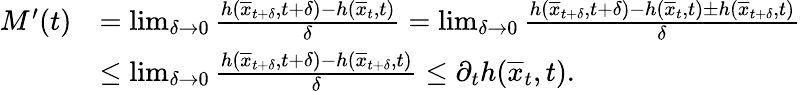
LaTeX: \begin{array}{rl}{M^{\prime}(t)}&{=\operatorname*{lim}_{\delta\rightarrow 0}\frac{h(\overline{{x}}_{t+\delta},t+\delta)-h(\overline{{x}}_{t},t)}{\delta}=\operatorname*{lim}_{\delta\rightarrow 0}\frac{h(\overline{{x}}_{t+\delta},t+\delta)-h(\overline{{x}}_{t},t)\pm h(\overline{{x}}_{t+\delta},t)}{\delta}}\\ &{\leq\operatorname*{lim}_{\delta\rightarrow 0}\frac{h(\overline{{x}}_{t+\delta},t+\delta)-h(\overline{{x}}_{t+\delta},t)}{\delta}\leq\partial_{t}h(\overline{{x}}_{t},t).}\end{array}